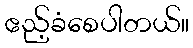
ဧည့်ခံစေပါတယ်။